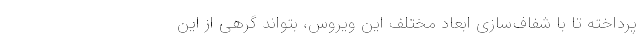
پرداخته‌ تا با شفاف‌سازی ابعاد مختلف این ویروس، بتواند گرهی از این